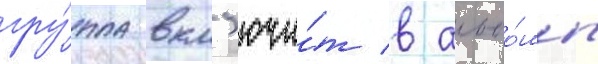
гру́ппа вкл'ючи́т в альбо́мы